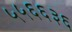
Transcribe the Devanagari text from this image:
५५६६३६